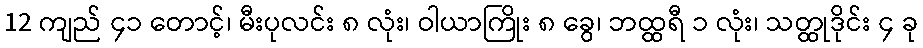
12 ကျည် ၄၁ တောင့်၊ မီးပုလင်း ၈ လုံး၊ ဝါယာကြိုး ၈ ခွေ၊ ဘထ္ထရီ ၁ လုံး၊ သတ္ထုဒိုင်း ၄ ခု